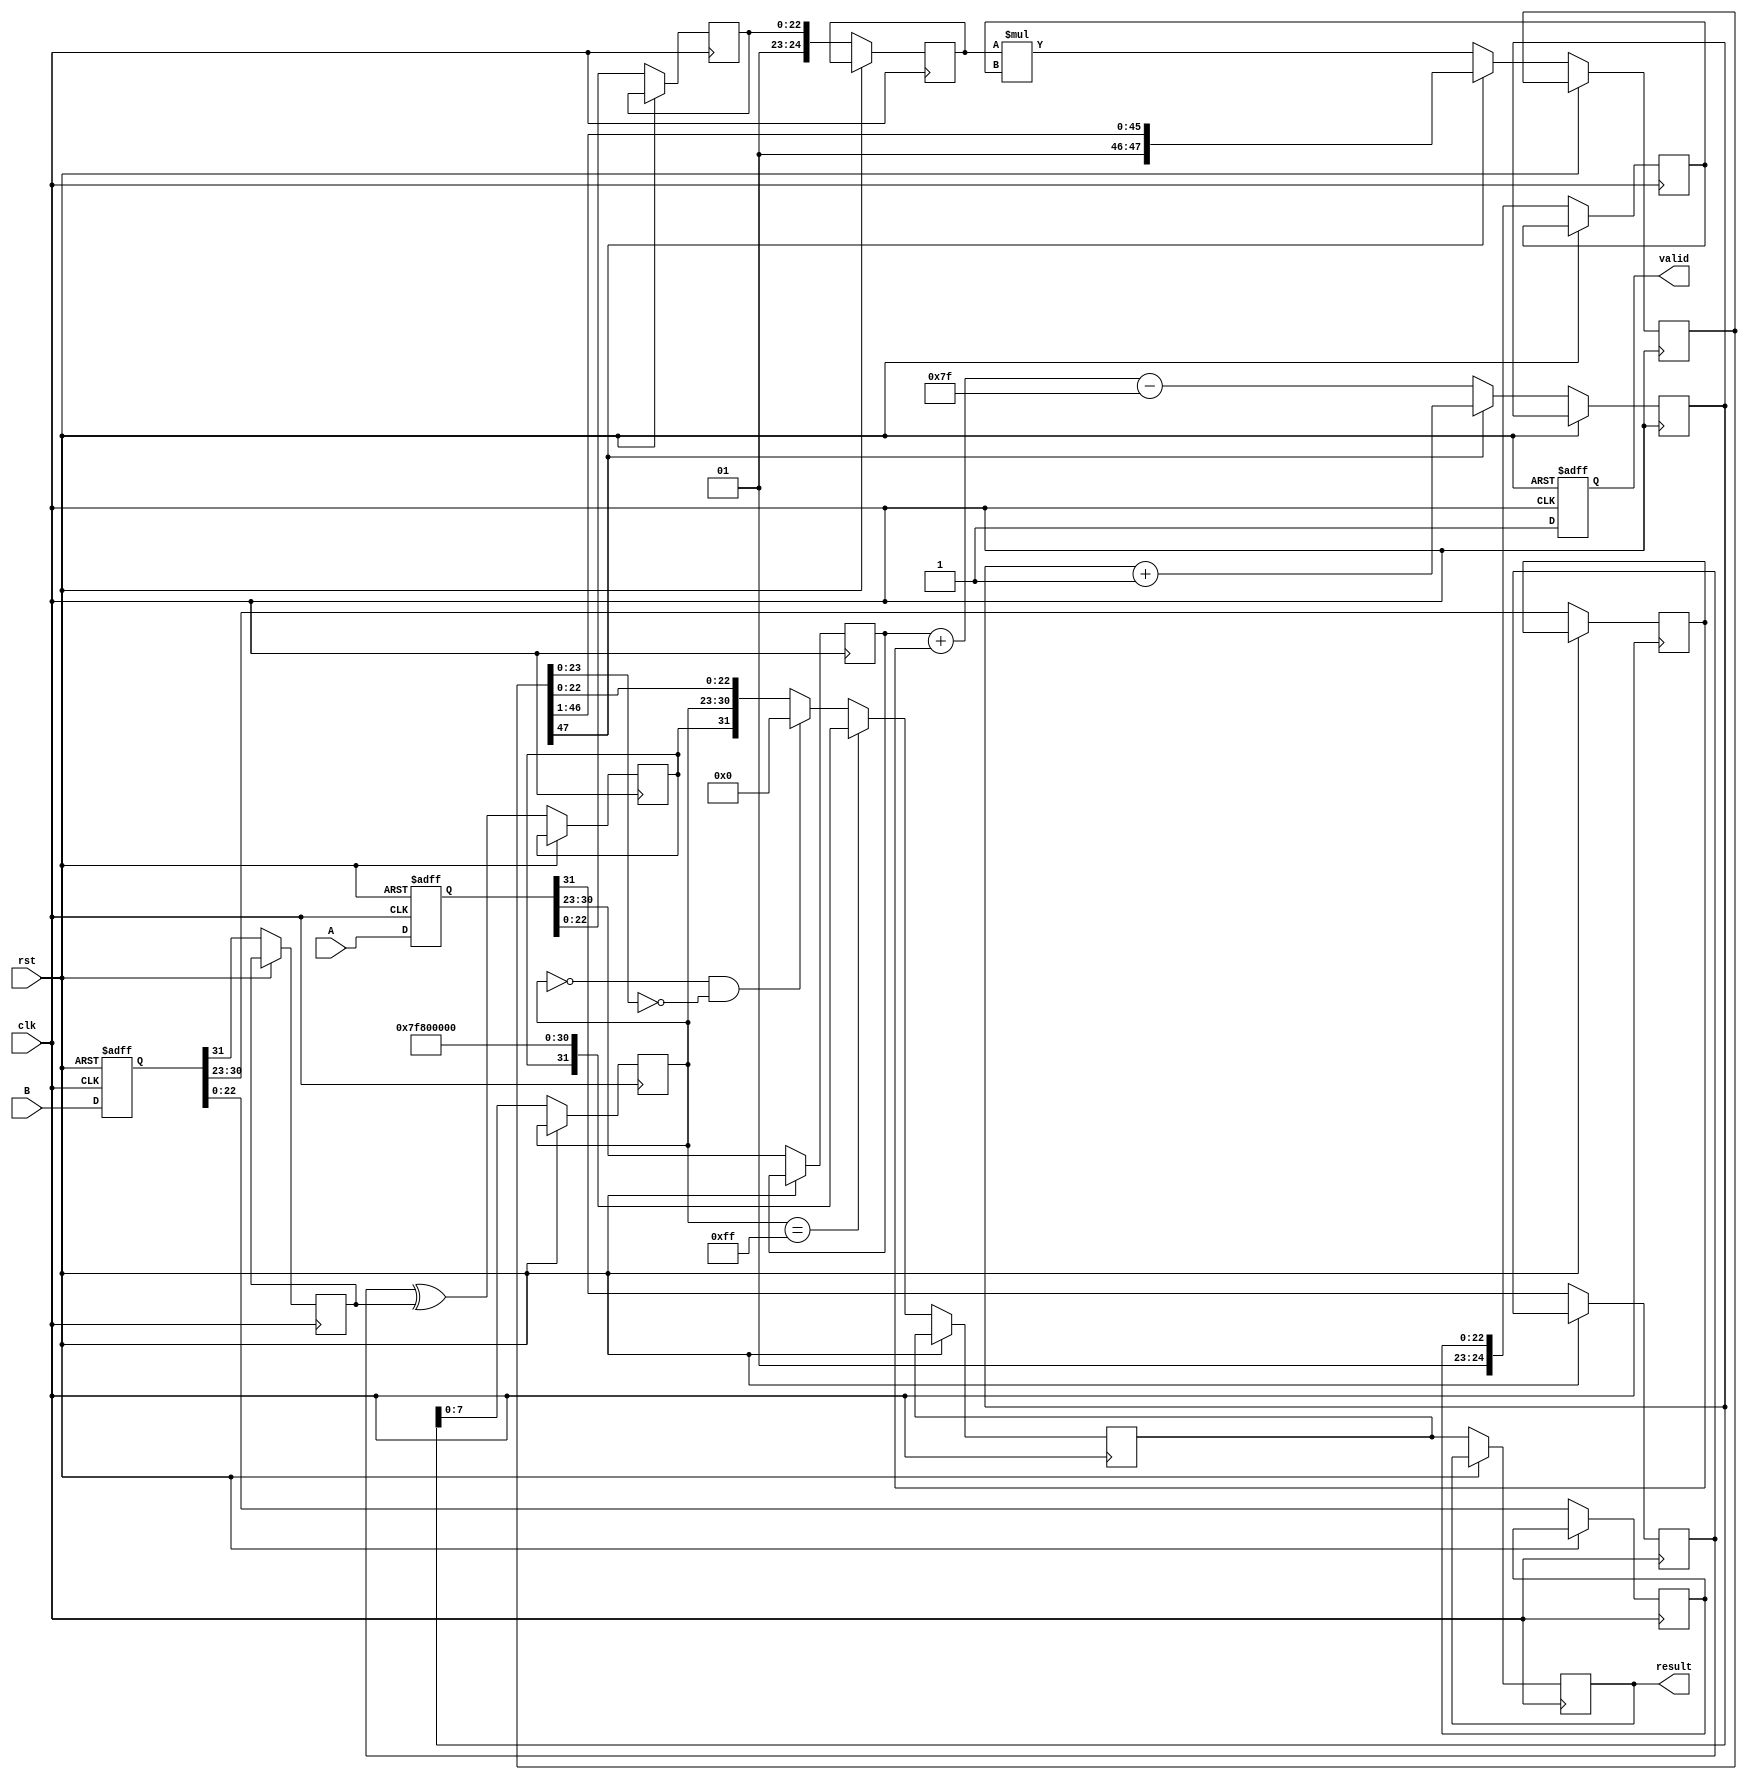
module fp_multiplier (
    input wire clk,
    input wire rst,
    input wire [31:0] A, // First floating-point input
    input wire [31:0] B, // Second floating-point input
    output reg [31:0] result, // Result of floating-point multiplication
    output reg valid // Indicates when the result is valid
);

    // Constants
    localparam BIAS = 8'd127;
    localparam MANTISSA_SIZE = 23;
    localparam EXPONENT_SIZE = 8;
    
    // Stage 1: Input Capture
    reg [31:0] A_reg, B_reg;
    reg [0:0] sign_A, sign_B;
    reg [EXPONENT_SIZE-1:0] exp_A, exp_B;
    reg [MANTISSA_SIZE-1:0] mant_A, mant_B;

    // Stage 2: Sign Calculation
    reg [0:0] sign_result;

    // Stage 3: Exponent Calculation
    reg [EXPONENT_SIZE:0] exp_sum; // Use 9 bits to handle overflow
    reg [EXPONENT_SIZE-1:0] exp_result;

    // Stage 4: Mantissa Calculation
    reg [MANTISSA_SIZE+1:0] mant_A_norm, mant_B_norm; // 24 bits for implicit leading 1
    reg [2*MANTISSA_SIZE+1:0] mant_product; // 48 bits for product

    // Stage 5: Result Construction
    reg [31:0] final_result;

    // Pipeline Registers
    always @(posedge clk or posedge rst) begin
        if (rst) begin
            A_reg <= 32'b0;
            B_reg <= 32'b0;
            valid <= 1'b0;
        end else begin
            // Stage 1: Capture inputs
            A_reg <= A;
            B_reg <= B;

            // Stage 2: Calculate sign
            sign_A <= A_reg[31];
            sign_B <= B_reg[31];
            sign_result <= sign_A ^ sign_B;

            // Stage 3: Calculate exponent
            exp_A <= A_reg[30:23];
            exp_B <= B_reg[30:23];
            exp_sum <= exp_A + exp_B - BIAS; // Add exponents and subtract bias

            // Stage 4: Normalize mantissas and multiply
            mant_A <= A_reg[22:0];
            mant_B <= B_reg[22:0];
            mant_A_norm <= {1'b1, mant_A}; // Add implicit leading 1
            mant_B_norm <= {1'b1, mant_B}; // Add implicit leading 1
            mant_product <= mant_A_norm * mant_B_norm; // Multiply mantissas

            // Shift the product as needed
            if (mant_product[47]) begin
                // Overflow, right shift
                mant_product <= mant_product >> 1;
                exp_sum <= exp_sum + 1; // Adjust exponent
            end

            // Stage 5: Construct final result
            exp_result <= exp_sum[EXPONENT_SIZE-1:0]; // Use lower bits for exponent
            if (exp_result == 8'hFF) begin
                // Handle overflow to infinity
                final_result <= {sign_result, 8'hFF, 23'b0};
            end else if (exp_result == 8'h00 && mant_product[23:0] == 24'b0) begin
                // Handle zero
                final_result <= 32'b0;
            end else begin
                // Normal case
                final_result <= {sign_result, exp_result, mant_product[22:0]};
            end

            result <= final_result; // Update result
            valid <= 1'b1; // Indicate result is valid
        end
    end
endmodule